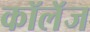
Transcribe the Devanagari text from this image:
कॉलॅज